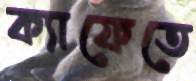
ক্যাফেতে